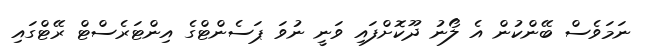
ނަމަވެސް ބޭންކުން އެ ލޯނު ދޫކޮށްފައި ވަނީ ނުވަ ޕަސެންޓްގެ އިންޓަރެސްޓް ރޭޓްގައި